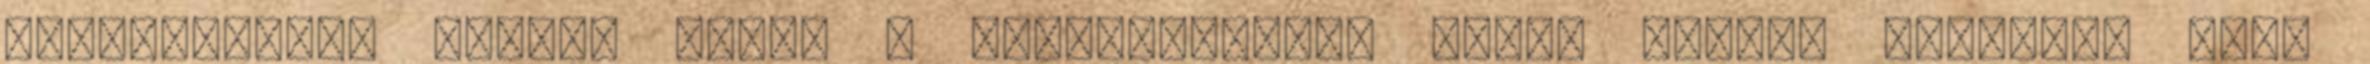
tapasztalati pontot kapsz a teljesítésért Ennek 5-ször futottam csak